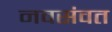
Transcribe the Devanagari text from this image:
नवसंवत